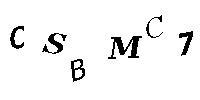
CSBMC7